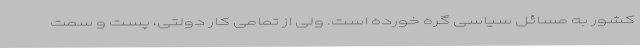
کشور به مسائل سیاسی گره خورده است. ولی از تمامی کار دولتی، پست و سمت